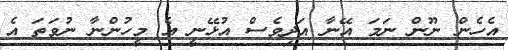
އެހެން ނޫން ނަމަ އޭނާ އަދިވެސް އުޅޭނީ އެ މީހުންނާ ނުވަތަ އެ